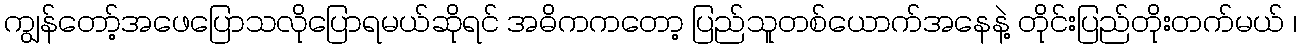
ကျွန်တော့်အဖေပြောသလိုပြောရမယ်ဆိုရင် အဓိကကတော့ ပြည်သူတစ်ယောက်အနေနဲ့ တိုင်းပြည်တိုးတက်မယ် ၊